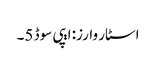
اسٹار وارز: ایپی سوڈ 5۔